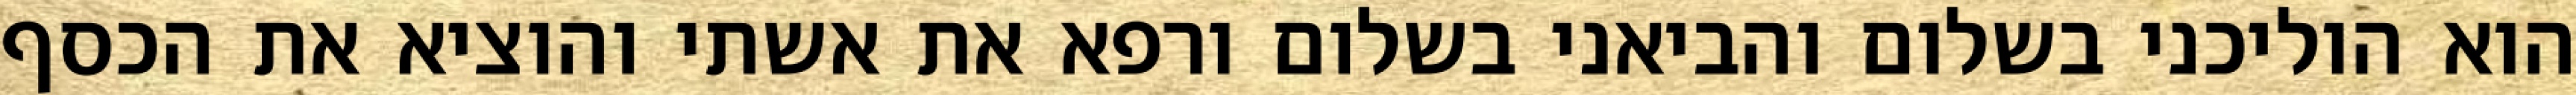
הוא הוליכני בשלום והביאני בשלום ורפא את אשתי והוציא את הכסף